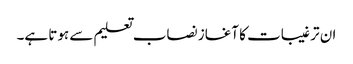
ان ترغیبات کا آغاز نصاب تعلیم سے ہوتا ہے۔